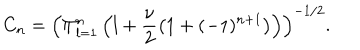
C _ { n } = \left( \Pi _ { l = 1 } ^ { n } \left( l + \frac { \nu } { 2 } \left( 1 + ( - 1 ) ^ { n + 1 } \right) \right) \right) ^ { - 1 / 2 } .